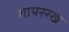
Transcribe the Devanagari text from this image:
शायररख